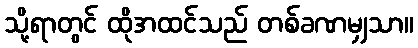
သို့ရာတွင် ထိုအထင်သည် တစ်ခဏမျှသာ။